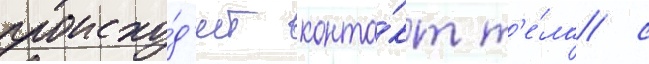
происхо́д'ит конта́кт т'е́ла с